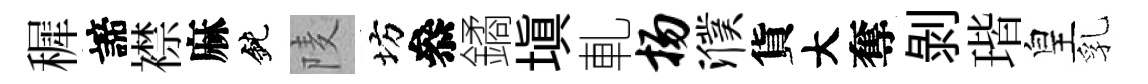
穉諦襟麻鈍𨹧坊叅鐍塡軋扬濮貨大奪剝瑎皇乳